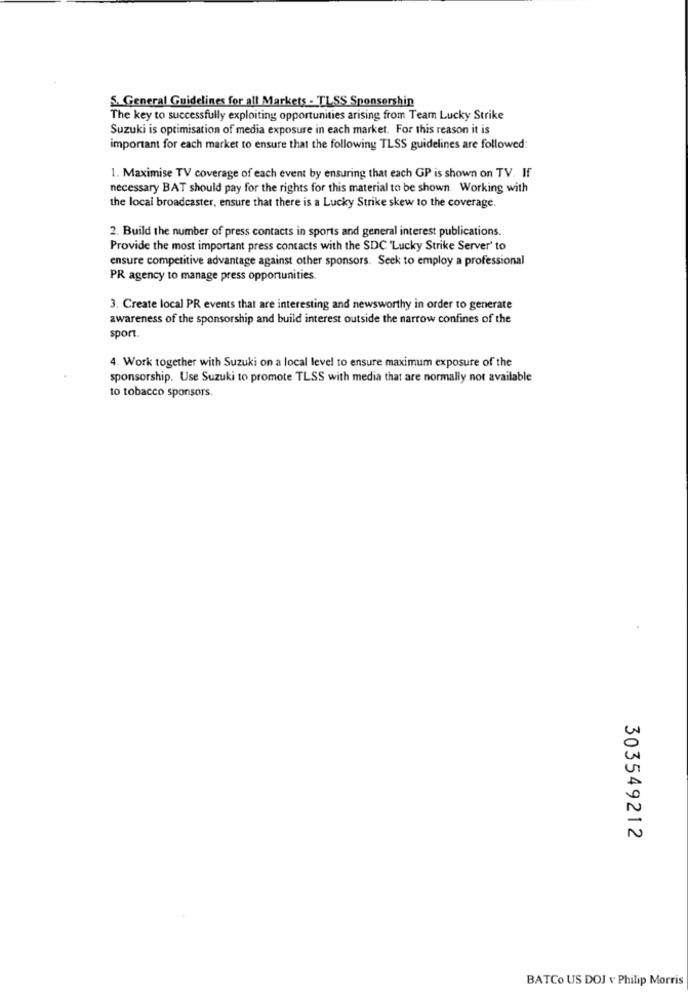
S. General Guidelines for all Markets - TLSS Sponsorshin
The key to successfully exploiting opportunities arising from Team Lucky Strike
Suzuki is optimisation of media exposure in each market. For this reason it is
important for each market to ensure that the following TLSS guidelines are followed:
1. Maximise TV coverage of each event by ensuring that each GP is shown on TV. If
necessary BAT should pay for the rights for this material to be shown. Working with
the local broadcaster, ensure that there is a Lucky Strike skew to the coverage.
2. Build the number of press contacts in sports and general interest publications.
Provide the most important press contacts with the SDC "Lucky Strike Server' to
ensure competitive advantage against other sponsors. Seek to employ a professional
PR agency to manage press opportunities.
3. Create local PR events that are interesting and newsworthy in order to generate
awareness of the sponsorship and build interest outside the narrow confines of the
sport
4. Work together with Suzuki on a local level to ensure maximum exposure of the
sponsorship. Use Suzuki to promote TLSS with media that are normally not available
to tobacco sponsors.
303549212
BATCO US DOJ v' Philip Morris